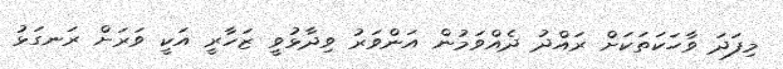
މިފަދަ ވާހަކަތަކަށް ރައްދު ދެއްވަމުން އަންވަރު ވިދާޅުވީ ޒަހާރީ އަކީ ވަރަށް ރަނގަޅު